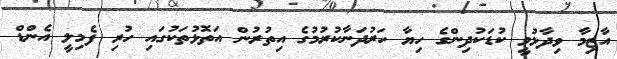
އާޒިމާ ވިދާޅުވީ ކުޑަކުދިންގެ ހިޔާ ހަރުދަނާކުރުމުގެ އިތުުރުން އަތޮޅުތަކުގައި ހުރި ފެމިލީ އެންޑް